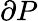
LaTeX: \partial{P}